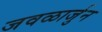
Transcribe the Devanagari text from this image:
जवळार्जुन